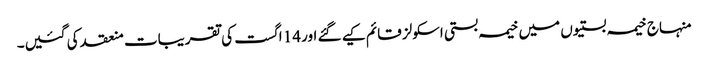
منہاج خیمہ بستیوں میں خیمہ بستی اسکولز قائم کیے گئے اور 14 اگست کی تقریبات منعقد کی گئیں۔